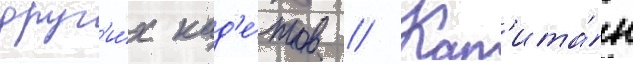
друг'и́х кад'е́тов // Кап'ита́н